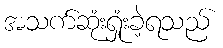
အသက်ဆုံးရှုံးခဲ့ရသည်